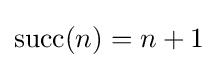
\operatorname {succ} (n)=n+1